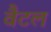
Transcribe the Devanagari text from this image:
वैटल